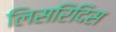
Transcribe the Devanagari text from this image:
लिसरिदिस